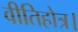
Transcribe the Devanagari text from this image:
वीतिहोत्र।